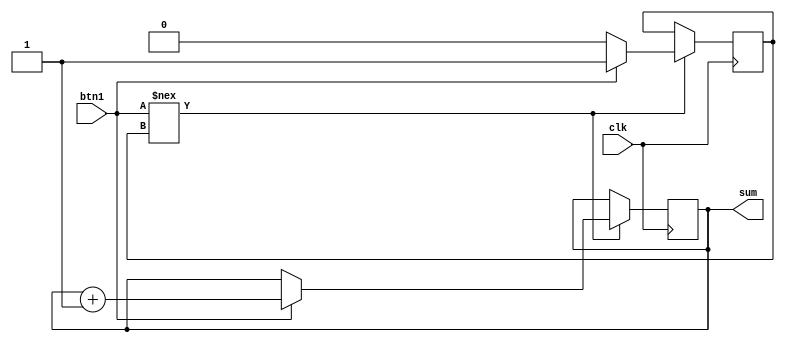
module button(input clk,
              input btn1,
              output reg[7:0] sum);
   reg prev=1'b0;
   reg sum=0;
   
   always@(posedge clk)
   begin
    if(btn1!==prev)
     begin
      if(btn1) 
        begin
       sum<=sum+1;
        end
       prev<=btn1 ? 1'b1:1'b0;
      end
     else
      sum<=sum;
    end

endmodule